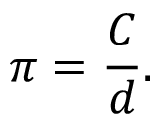
\pi = { \frac { C } { d } } .